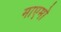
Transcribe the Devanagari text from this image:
माएमो